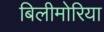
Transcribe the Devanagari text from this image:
बिलीमोरिया